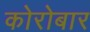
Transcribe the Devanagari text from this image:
कोरोबार